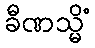
ခီဏသ္မိံ